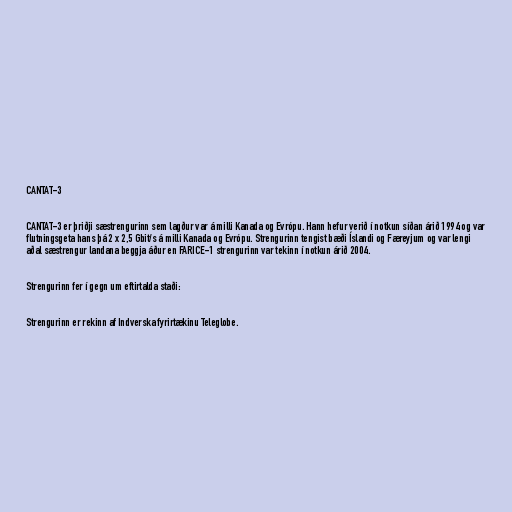
CANTAT-3

CANTAT-3 er þriðji sæstrengurinn sem lagður var á milli Kanada og Evrópu. Hann hefur verið í notkun síðan árið 1994 og var
flutningsgeta hans þá 2 x 2,5 Gbit/s á milli Kanada og Evrópu. Strengurinn tengist bæði Íslandi og Færeyjum og var lengi
aðal sæstrengur landana beggja áður en FARICE-1 strengurinn var tekinn í notkun árið 2004.

Strengurinn fer í gegn um eftirtalda staði:

Strengurinn er rekinn af Indverska fyrirtækinu Teleglobe.